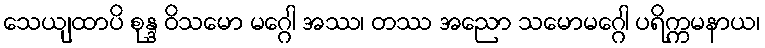
သေယျထာပိ စုန္ဒ ဝိသမော မဂ္ဂေါ အဿ၊ တဿ အညော သမောမဂ္ဂေါ ပရိက္ကမနာယ၊